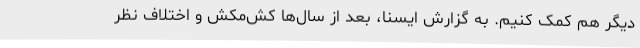
دیگر هم کمک کنیم. به گزارش ایسنا، بعد از سال‌ها کش‌مکش و اختلاف نظر